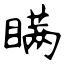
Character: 瞒